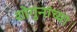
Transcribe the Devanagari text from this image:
शोगुनांच्या